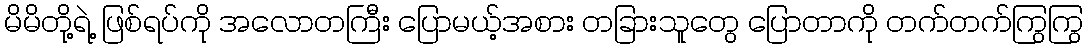
မိမိတို့ရဲ့ ဖြစ်ရပ်ကို အလောတကြီး ပြောမယ့်အစား တခြားသူတွေ ပြောတာကို တက်တက်ကြွကြွ